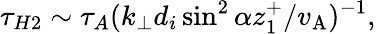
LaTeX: \tau_{H2}\sim\tau_{A}(k_{\perp}d_{i}\sin^{2}\alpha z_{1}^{+}/v_{\mathrm{A}})^{-1},